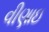
વીણાઇ